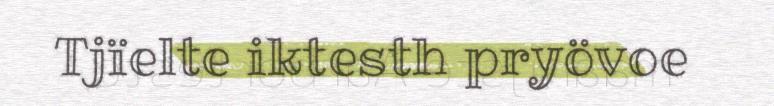
Tjïelte iktesth pryövoe